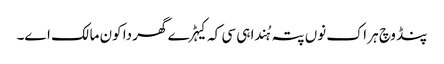
پنڈ وچ ہر اک نوں پتہ ہُندا ہی سی کہ کیہڑے گھر دا کون مالک اے۔